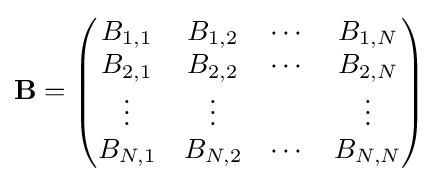
\mathbf {B} ={\begin{pmatrix}B_{1,1}&B_{1,2}&\cdots &B_{1,N}\\B_{2,1}&B_{2,2}&\cdots &B_{2,N}\\\vdots &\vdots &&\vdots \\B_{N,1}&B_{N,2}&\cdots &B_{N,N}\\\end{pmatrix}}